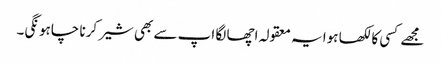
مجھے کسی کا لکھا ہوا یہ معقولہ اچھا لگا اپ سے بھی شیر کرنا چاہونگی۔